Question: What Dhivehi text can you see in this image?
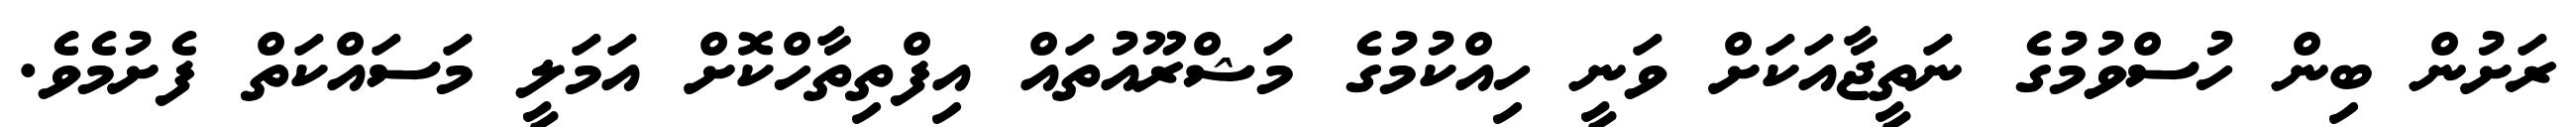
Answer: ރަށުން ބިން ހުސްވުމުގެ ނަތީޖާއަކަށް ވަނީ ހިއްކުމުގެ މަޝްރޫއުތައް އިފްތިތާހްކޮށް އަމަލީ މަސައްކަތް ފެށުމެވެ.